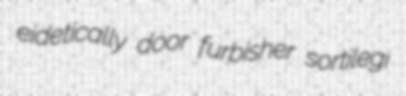
eidetically door furbisher sortilegi